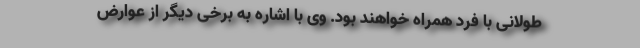
طولانی با فرد همراه خواهند بود. وی با اشاره به برخی دیگر از عوارض